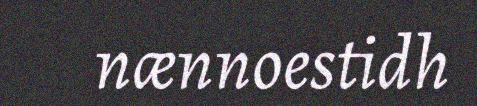
nænnoestidh